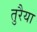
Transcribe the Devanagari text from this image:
तुरैया